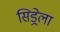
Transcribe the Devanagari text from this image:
सिड्रेला